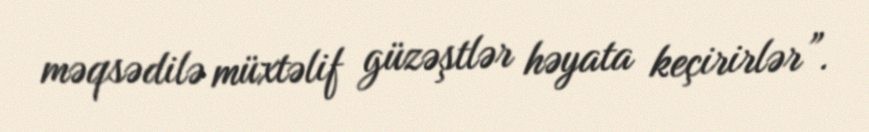
məqsədilə müxtəlif güzəştlər həyata keçirirlər”.